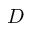
D